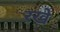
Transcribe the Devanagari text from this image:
ऱखे